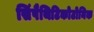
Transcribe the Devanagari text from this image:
सिंपैथिटिकोटोनिक